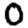
Digit: 0